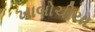
ખાબોચીયા